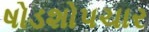
ષોડશોપચાર